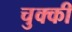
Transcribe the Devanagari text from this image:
चुक्की